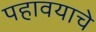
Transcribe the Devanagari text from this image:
पहावयाचे